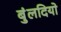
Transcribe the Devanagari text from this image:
बुंलदियो